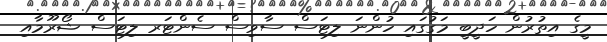
މީގެ އިތުރުން ހަދީބީ މަގުގައި ހުންނަ ލިޓަސް ސާވިސް ސެންޓަރ ލިޓަސް ޝޯރޫމާއި